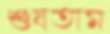
শুষতাম